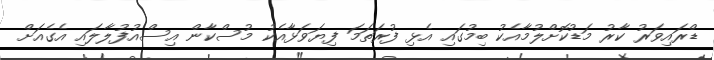
ޑްރައިވަރު ކާރު މަޑުކޮށްލުމާއެކު ބިމުގައި އެޅި ފުރަތަމަ ފިޔަވަޅާއެކު މުސްކާން އިސްއުފުލާލައި އެގެއަށް